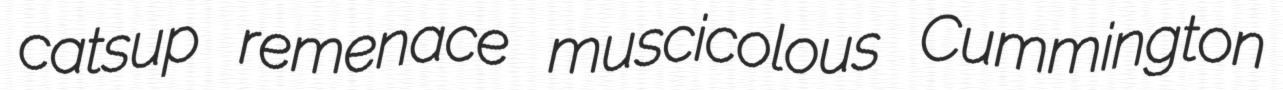
catsup remenace muscicolous Cummington